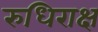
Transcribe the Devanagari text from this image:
रुधिराक्ष